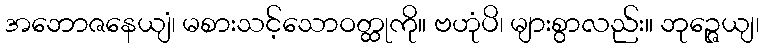
အဘောဇနေယျံ၊ မစားသင့်သောဝတ္ထုကို။ ဗဟုံပိ၊ များစွာလည်း။ ဘုဉ္ဇေယျ၊